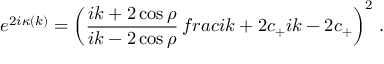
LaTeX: e ^ { 2 i \kappa ( k ) } = \left( \frac { i k + 2 \cos \rho } { i k - 2 \cos \rho } \, f r a c { i k + 2 c _ { + } } { i k - 2 c _ { + } } \right) ^ { 2 } \, .